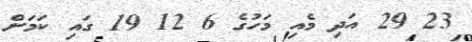
23 29 އަދި މެއި މަހުގެ 6 12 19 ގައި ކަމަށް